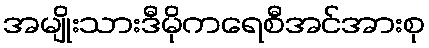
အမျိုးသားဒီမိုကရေစီအင်အားစု